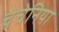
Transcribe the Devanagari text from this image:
चेचेनिया